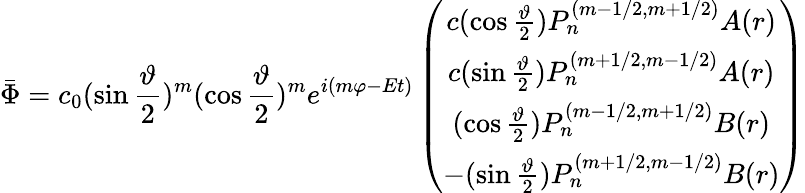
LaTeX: \bar{\Phi}=c_{0}(\sin\frac\vartheta 2)^{m}(\cos\frac\vartheta 2)^{m}e^{i(m\varphi-Et)}\left(\begin{array}{c}{{c(\cos\frac\vartheta 2)P_{n}^{(m-1/2,m+1/2)}A(r)}}\\ {{c(\sin\frac\vartheta 2)P_{n}^{(m+1/2,m-1/2)}A(r)}}\\ {{(\cos\frac\vartheta 2)P_{n}^{(m-1/2,m+1/2)}B(r)}}\\ {{-(\sin\frac\vartheta 2)P_{n}^{(m+1/2,m-1/2)}B(r)}}\end{array}\right)